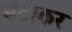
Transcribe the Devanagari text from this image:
बंटाकर